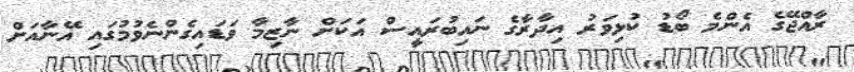
ރާއްޖޭގެ އެންމެ ބޯޑު ކުޅިވަރު އިދާރާގެ ނައިބުރައީސް އަކަށް ނާޒިމާ ވަޑައިގެންނެވުމުގައި އޭނާއަށް